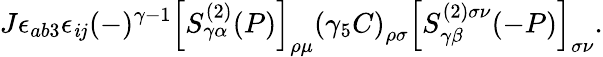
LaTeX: J\epsilon_{ab3}\epsilon_{\mathit{i}j}(-)^{\gamma-1}\left[S_{\gamma\alpha}^{(2)}(P)\right]_{\rho\mu}\left(\gamma_{5}C\right)_{\rho\sigma}\left[S_{\gamma\beta}^{(2)\sigma\nu}(-P)\right]_{\sigma\nu}.